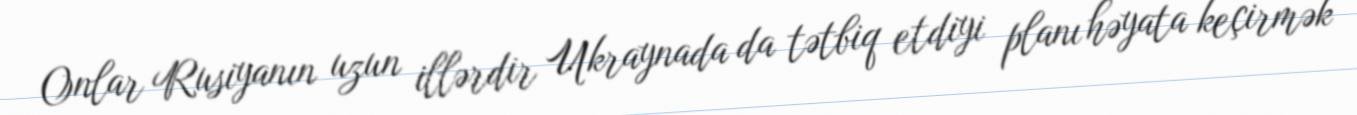
Onlar Rusiyanın uzun illərdir Ukraynada da tətbiq etdiyi planı həyata keçirmək